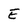
Character: E